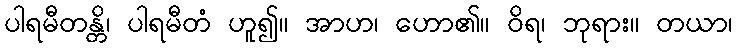
ပါရမီတန္တိ၊ ပါရမီတံ ဟူ၍။ အာဟ၊ ဟော၏။ ဝိရ၊ ဘုရား။ တယာ၊